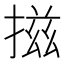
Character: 𢰩